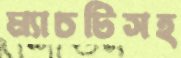
ম্যাচটিসহ